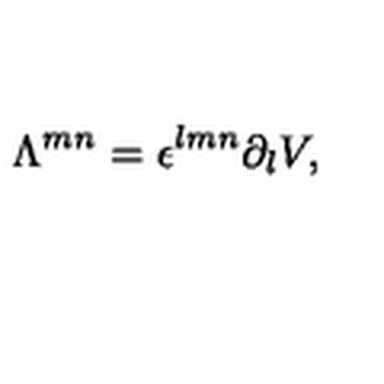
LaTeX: \Lambda ^ { m n } = \epsilon ^ { l m n } \partial _ { l } V ,